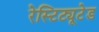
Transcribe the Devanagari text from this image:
रेस्टिट्यूटेड